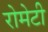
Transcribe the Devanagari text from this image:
रोमेटी